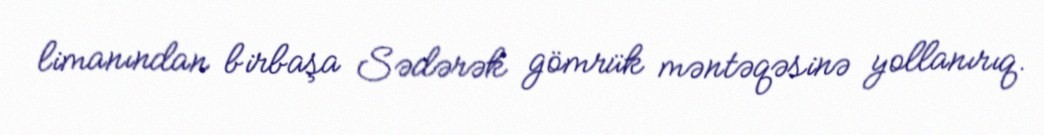
limanından birbaşa Sədərək gömrük məntəqəsinə yollanırıq.